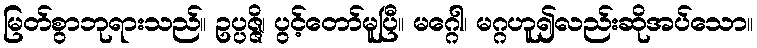
မြတ်စွာဘုရားသည်။ ဥပ္ပဇ္ဇိ၊ ပွင့်တော်မူပြီ။ မဂ္ဂေါ၊ မဂ္ဂဟူ၍လည်းဆိုအပ်သော။